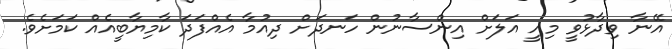
އޭނާ ވިދާޅުވީ މިއީ އަލަށް އިންސާނުން ހަނދަށް ދިއުމާ އެއްފަދަ ކާމިޔާބީއެއް ކަމަށެވެ.